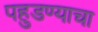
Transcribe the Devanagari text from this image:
पहुडण्याचा